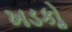
ખડકોૢ